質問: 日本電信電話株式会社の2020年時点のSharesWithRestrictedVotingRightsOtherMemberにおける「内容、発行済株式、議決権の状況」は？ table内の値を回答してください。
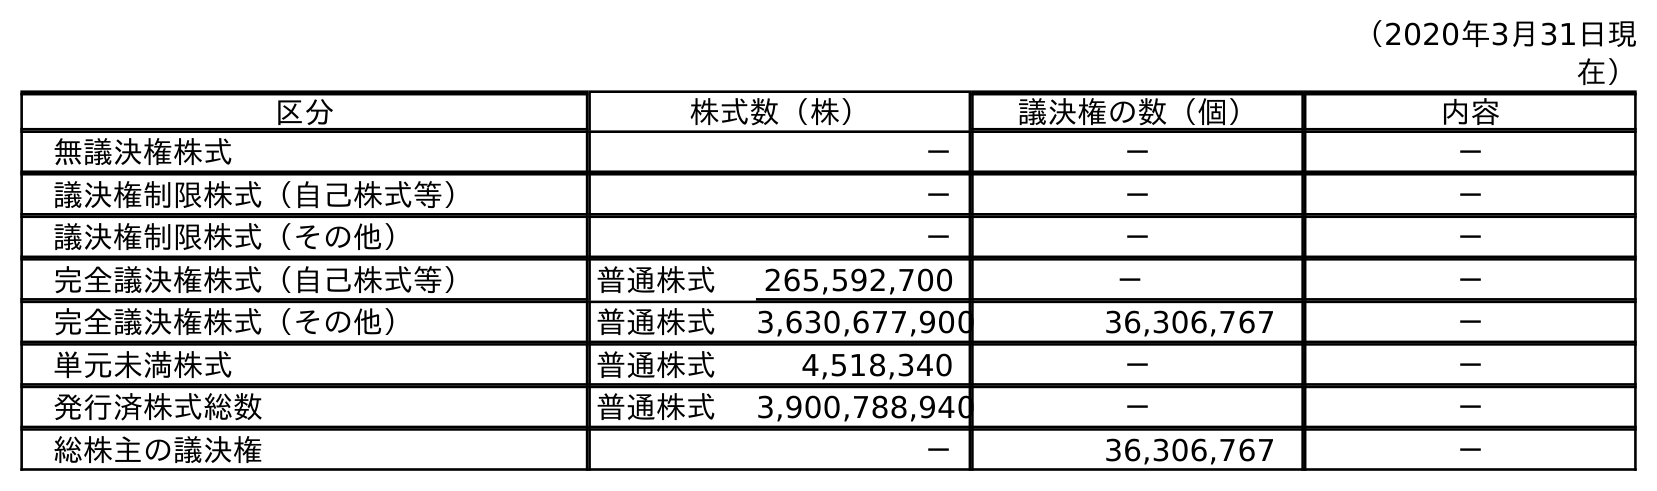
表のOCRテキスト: （2020年3月31日現 在） 区分 株式数（株） 議決権の数（個） 内容 無議決権株式 － － － 議決権制限株式（自己株式等） － － － 議決権制限株式（その他） － － － 完全議決権株式（自己株式等） 普通株式 265,592,700 － － 完全議決権株式（その他） 普通株式 3,630,677,900 36,306,767 － 単元未満株式 普通株式 4,518,340 － － 発行済株式総数 普通株式 3,900,788,940 － － 総株主の議決権 － 36,306,767 －
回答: －